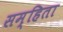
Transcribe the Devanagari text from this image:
सम्हिता